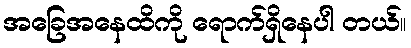
အခြေအနေထိကို ရောက်ရှိနေပါ တယ်။